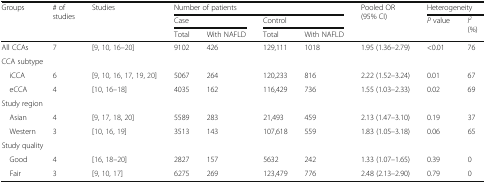
<table><thead><tr><td rowspan="3"><b>Groups</b></td><td rowspan="3"><b># of studies</b></td><td rowspan="3"><b>Studies</b></td><td colspan="4"><b>Number of patients</b></td><td rowspan="3"><b>Pooled OR (95% CI)</b></td><td colspan="2"><b>Heterogeneity</b></td></tr><tr><td colspan="2"><b>Case</b></td><td colspan="2"><b>Control</b></td><td rowspan="2"><b><i>P</i> value</b></td><td rowspan="2"><b><i>I</i><sup><i>2</i></sup> (%)</b></td></tr><tr><td><b>Total</b></td><td><b>With NAFLD</b></td><td><b>Total</b></td><td><b>With NAFLD</b></td></tr></thead><tbody><tr><td>All CCAs</td><td>7</td><td>[9, 10, 16–20]</td><td>9102</td><td>426</td><td>129,111</td><td>1018</td><td>1.95 (1.36–2.79)</td><td>&lt;0.01</td><td>76</td></tr><tr><td colspan="10">CCA subtype</td></tr><tr><td> iCCA</td><td>6</td><td>[9, 10, 16, 17, 19, 20]</td><td>5067</td><td>264</td><td>120,233</td><td>816</td><td>2.22 (1.52–3.24)</td><td>0.01</td><td>67</td></tr><tr><td> eCCA</td><td>4</td><td>[10, 16–18]</td><td>4035</td><td>162</td><td>116,429</td><td>736</td><td>1.55 (1.03–2.33)</td><td>0.02</td><td>69</td></tr><tr><td colspan="10">Study region</td></tr><tr><td> Asian</td><td>4</td><td>[9, 17, 18, 20]</td><td>5589</td><td>283</td><td>21,493</td><td>459</td><td>2.13 (1.47–3.10)</td><td>0.19</td><td>37</td></tr><tr><td> Western</td><td>3</td><td>[10, 16, 19]</td><td>3513</td><td>143</td><td>107,618</td><td>559</td><td>1.83 (1.05–3.18)</td><td>0.06</td><td>65</td></tr><tr><td colspan="10">Study quality</td></tr><tr><td> Good</td><td>4</td><td>[16, 18–20]</td><td>2827</td><td>157</td><td>5632</td><td>242</td><td>1.33 (1.07–1.65)</td><td>0.39</td><td>0</td></tr><tr><td> Fair</td><td>3</td><td>[9, 10, 17]</td><td>6275</td><td>269</td><td>123,479</td><td>776</td><td>2.48 (2.13–2.90)</td><td>0.79</td><td>0</td></tr></tbody></table>